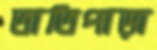
তাতিপাড়া